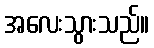
အလေးသွားသည်။